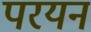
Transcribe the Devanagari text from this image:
परयन